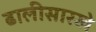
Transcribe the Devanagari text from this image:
ढालीसारखे